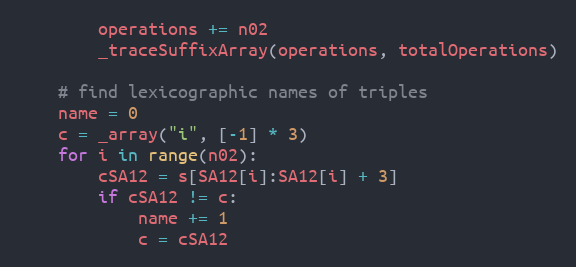
Language: Python
        operations += n02
        _traceSuffixArray(operations, totalOperations)

    # find lexicographic names of triples
    name = 0
    c = _array("i", [-1] * 3)
    for i in range(n02):
        cSA12 = s[SA12[i]:SA12[i] + 3]
        if cSA12 != c:
            name += 1
            c = cSA12